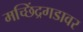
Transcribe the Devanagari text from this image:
मच्छिंद्रगडावर